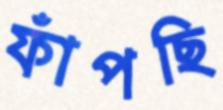
ফাঁপছি